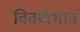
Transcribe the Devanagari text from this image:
विवर्णभावं